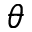
\theta